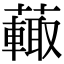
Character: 𧁍